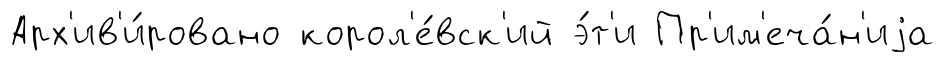
Арх'ив'и́ровано корол'е́вск'ий э́т'и Пр'им'еча́н'иjа